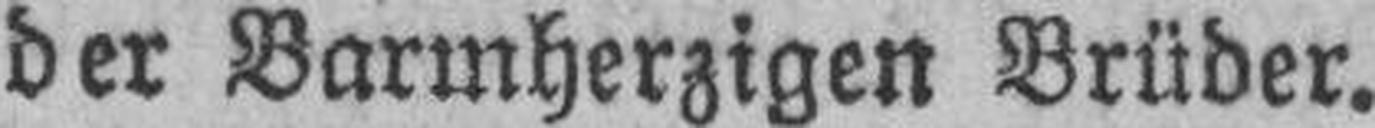
der Barmherzigen Brüder.